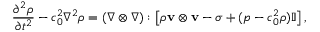
{ \frac { \partial ^ { 2 } \rho } { \partial t ^ { 2 } } } - c _ { 0 } ^ { 2 } \nabla ^ { 2 } \rho = ( \nabla \otimes \nabla ) : \left[ \rho \mathbf { v } \otimes \mathbf { v } - \sigma + ( p - c _ { 0 } ^ { 2 } \rho ) \mathbb { I } \right] ,